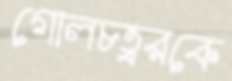
গোলচত্বরকে